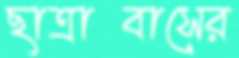
ছাত্রাবাসের